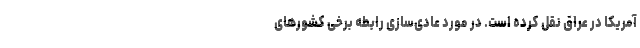
آمریکا در عراق نقل کرده است. در مورد عادی‌سازی‌ رابطه برخی کشورهای